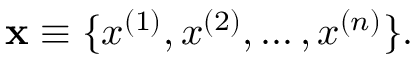
{ \mathbf x } \equiv \{ x ^ { ( 1 ) } , x ^ { ( 2 ) } , \ldots , x ^ { ( n ) } \} .